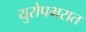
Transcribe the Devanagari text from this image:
युरोपभरात